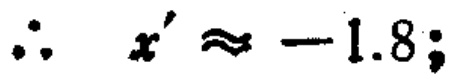
\(\therefore\ \ x'\approx -1.8;\)